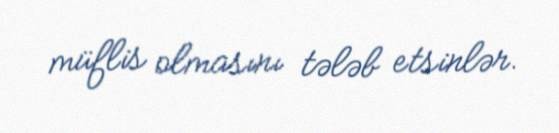
müflis olmasını tələb etsinlər.